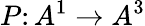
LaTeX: P\colon A^{1}\to A^{3}